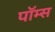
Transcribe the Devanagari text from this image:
पॉम्स